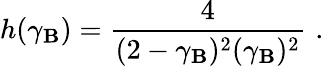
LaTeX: h(\gamma_{\mathbf{B}})={\frac{{4}}{{(2-\gamma_{\mathbf{B}})^{2}(\gamma_{\mathbf{B}})^{2}}}}\, \, .